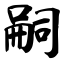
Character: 嗣